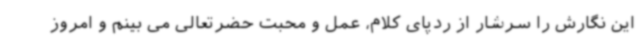
این نگارش را سرشار از ردپای کلام، عمل و محبت حضرتعالی می بینم و امروز